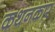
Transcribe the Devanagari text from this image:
कथनकार